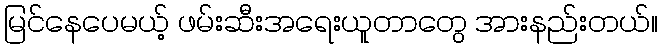
မြင်နေပေမယ့် ဖမ်းဆီးအရေးယူတာတွေ အားနည်းတယ်။